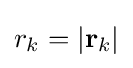
r_{k}=|\mathbf {r} _{k}|